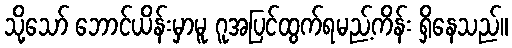
သို့သော် ဘောင်ယိန်းမှာမူ ဂူအပြင်ထွက်ရမည့်ကိန်း ရှိနေသည်။